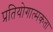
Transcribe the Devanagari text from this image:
प्रतियोगात्मकता